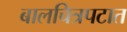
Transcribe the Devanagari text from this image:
बालचित्रपटात